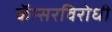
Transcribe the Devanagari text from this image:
कॅन्सरविरोधी